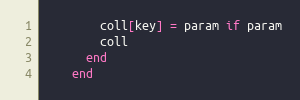
Language: Ruby
        coll[key] = param if param
        coll
      end
    end